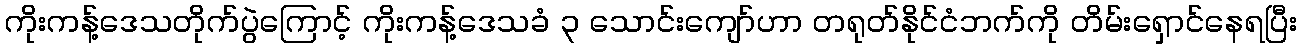
ကိုးကန့်ဒေသတိုက်ပွဲကြောင့် ကိုးကန့်ဒေသခံ ၃ သောင်းကျော်ဟာ တရုတ်နိုင်ငံဘက်ကို တိမ်းရှောင်နေရပြီး